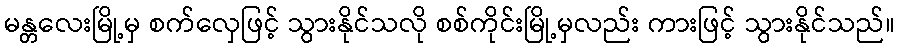
မန္တလေးမြို့မှ စက်လှေဖြင့် သွားနိုင်သလို စစ်ကိုင်းမြို့မှလည်း ကားဖြင့် သွားနိုင်သည်။